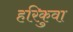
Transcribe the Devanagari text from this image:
हरिकुवा